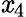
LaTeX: \mathit{x}_{4}